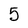
Character: 5